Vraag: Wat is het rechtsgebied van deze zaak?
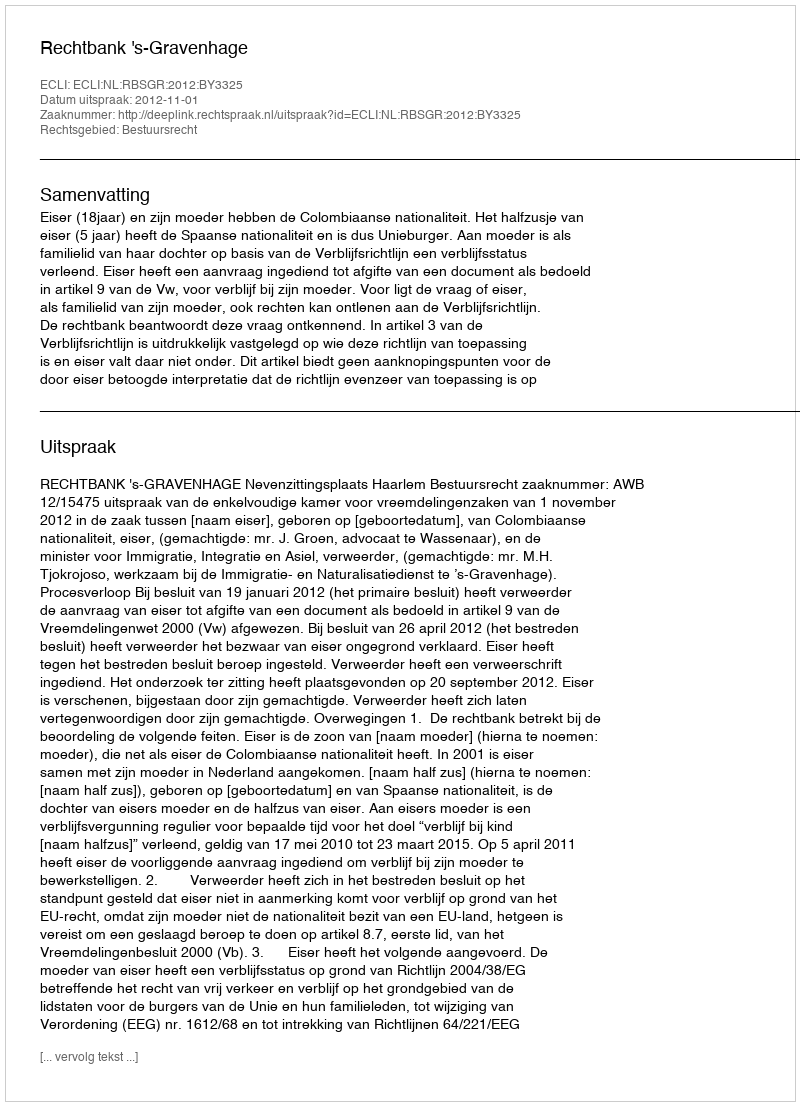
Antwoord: Bestuursrecht